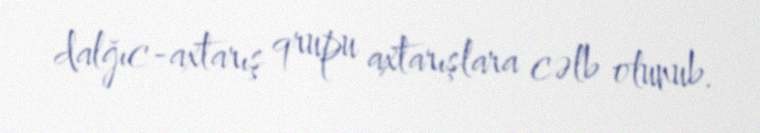
dalğıc-axtarış qrupu axtarışlara cəlb olunub.